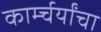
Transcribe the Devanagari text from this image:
कार्म्चर्यांचा